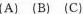
(A) (B) (C)